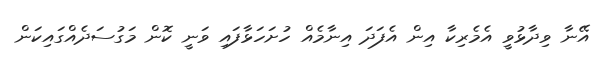
އޭނާ ވިދާޅުވީ އެމެރިކާ އިން އެފަދަ އިނާމެއް ހުށަހަޅާފައި ވަނީ ކޮން މަގުސަދެއްގައިކަން